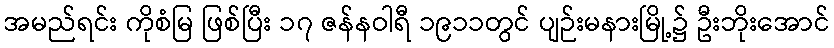
အမည်ရင်း ကိုစံမြ ဖြစ်ပြီး ၁၇ ဇန်နဝါရီ ၁၉၁၁တွင် ပျဉ်းမနားမြို့၌ ဦးဘိုးအောင်